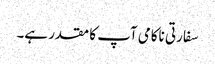
سفارتی ناکامی آپ کا مقدر ہے۔